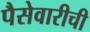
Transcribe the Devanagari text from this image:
पैसेवारीची